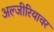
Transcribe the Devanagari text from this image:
अल्जीरियावर